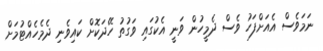
ނަމަވެސް އެއަށްފަހު ވެސް ދެމީހުން ވަނީ އެކުގައި ވަގުތު ހޭދަކޮށް ކައިވެނި ދެމެހެއްޓުމަށް